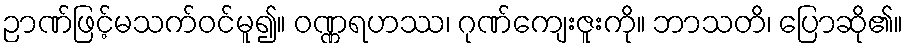
ဉာဏ်ဖြင့်မသက်ဝင်မူ၍။ ဝဏ္ဏရဟဿ၊ ဂုဏ်ကျေးဇူးကို။ ဘာသတိ၊ ပြောဆို၏။